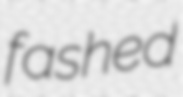
fashed